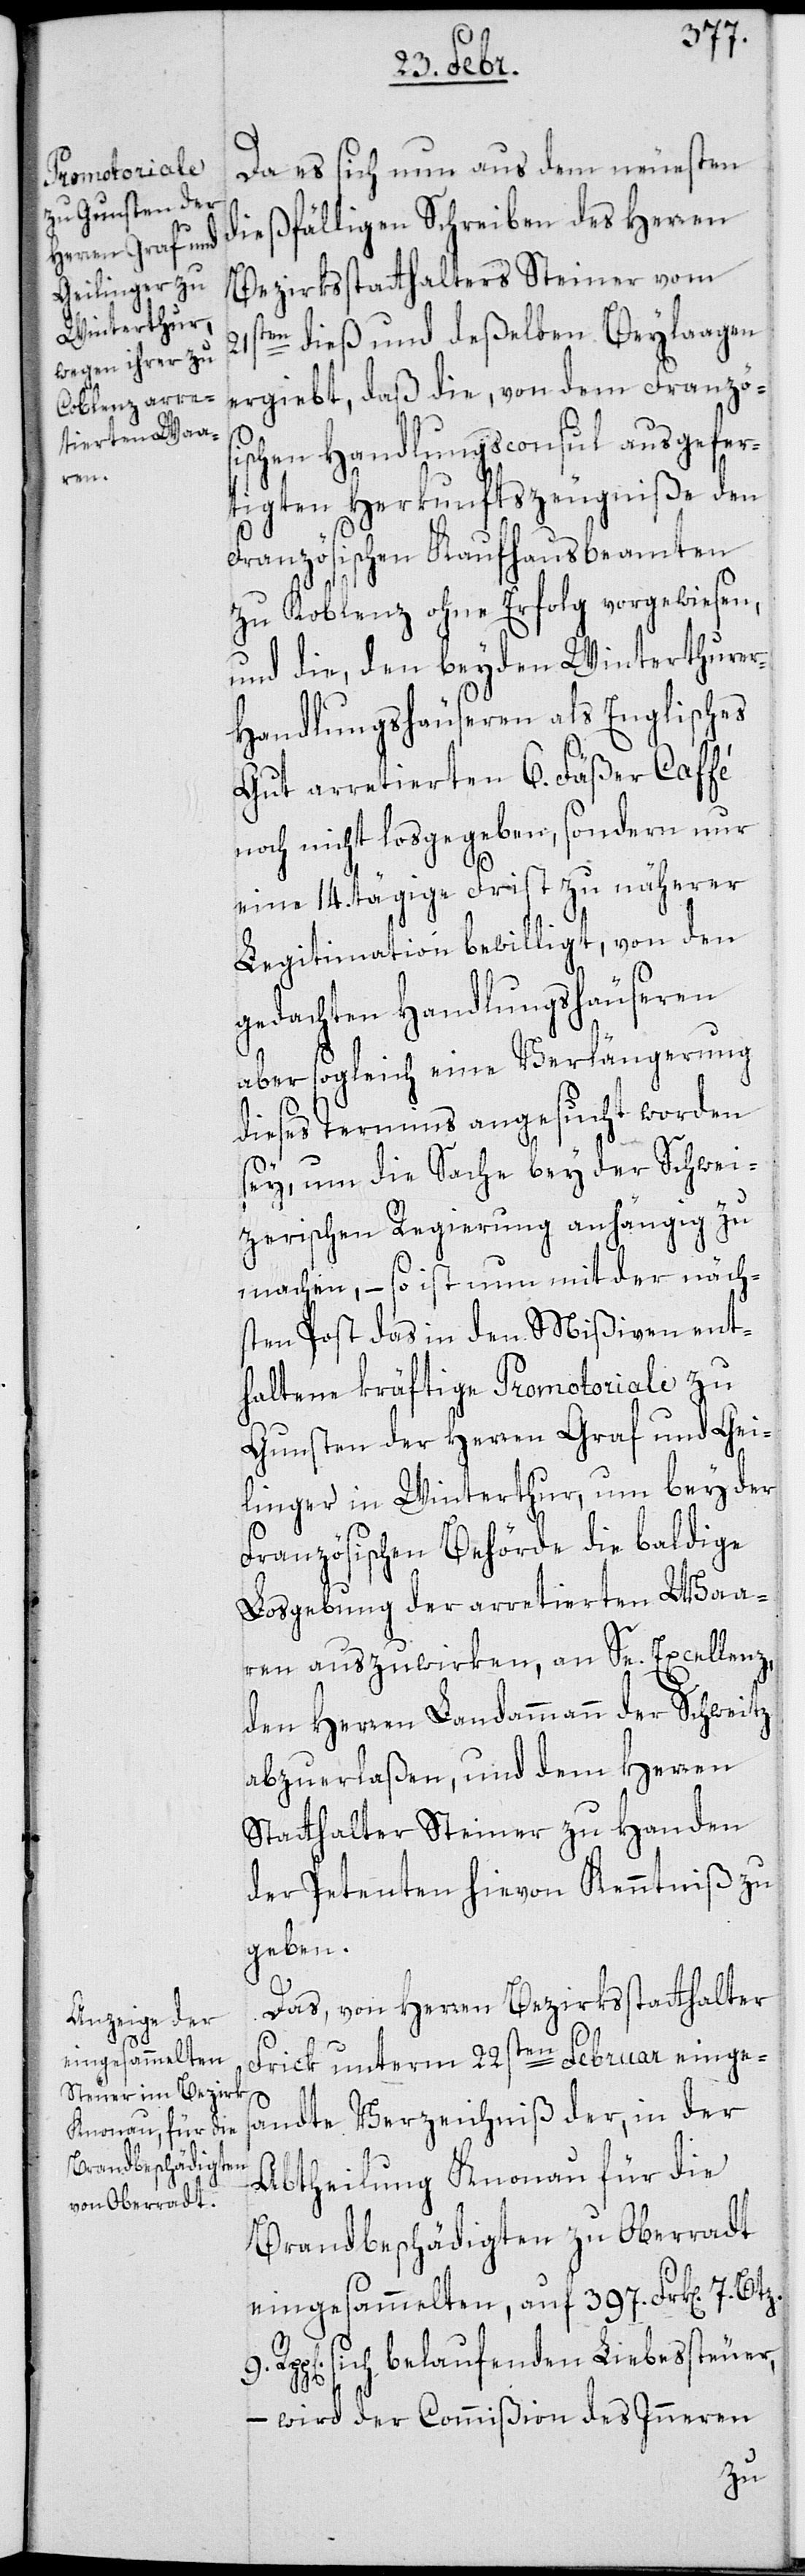
Koblen¬

Da es sich nun aus dem neuesten
dießfälligen Schreiben des Herren
Bezirksstatthalters Steiner vom
21sten dieß und deßelben Beylaagen
ergiebt, daß die, von dem Französ¬
ischen Handlungsconsul ausgefer¬
tigten Herkunftszeugniße den
Französischen Kaufhausbeamten
z [sic!] ohne Erfolg vorgewiesen,
und die, den beyden Winterthurer
Handlungshäuseren als Englisches
Gut arretierten 6. Fäßer Caffé
noch nicht losgegeben, sondern nur
eine 14. tägige Frist zu näherer
Legitimation bewilligt, von den
gedachten Handlungshäuseren
aber sogleich eine Verlängerung
dieses Termins angesucht worden
sey, um die Sache bey der Schwei¬
zerischen Regierung anhängig zu
machen, – so ist nun mit der näch¬
sten Post das in den Mißiven ent¬
haltene kräftige Promotoriale zu
Gunsten der Herren Graf und Gei¬
linger in Winterthur, um bey der
Französischen Behörde die baldige
Losgebung der arretierten Waa¬
ren auszuwirken, an Se. Excellenz,
den Herren Landammann der Schweitz
abzuerlaßen, und dem Herren
Statthalter Steiner zu Handen
der Petenten hievon Kenntniß zu
geben.
Das, von Herren Bezirksstatthalter
Frick unterm 22sten Februar einges¬
andte Verzeichniß der, in der
Abtheilung Knonau für die
Brandbeschädigten zu Oberradt
eingesammelten, auf 397. Frk[en]. 7
Rp[en]. sich belaufenden Liebessteuer,
– wird der Commißion des Inneren
zu